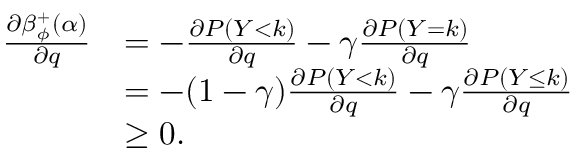
\begin{array} { r l } { \frac { \partial \beta _ { \phi } ^ { + } ( \alpha ) } { \partial q } } & { = - \frac { \partial P ( Y < k ) } { \partial q } - \gamma \frac { \partial P ( Y = k ) } { \partial q } } \\ & { = - ( 1 - \gamma ) \frac { \partial P ( Y < k ) } { \partial q } - \gamma \frac { \partial P ( Y \leq k ) } { \partial q } } \\ & { \geq 0 . } \end{array}